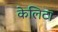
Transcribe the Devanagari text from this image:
केलिटा